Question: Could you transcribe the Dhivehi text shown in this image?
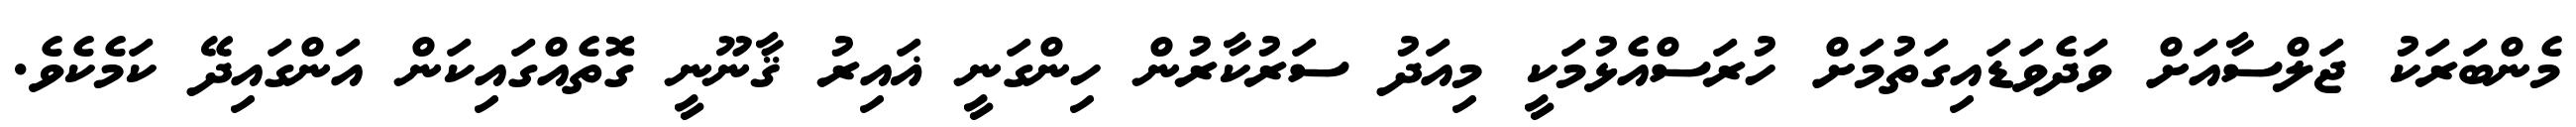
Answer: މެންބަރަކު ޖަލްސާއަށް ވަދެވަޑައިގަތުމަށް ހުރަސްއެޅުމަކީ މިއަދު ސަރުކާރުން ހިންގަނީ ޣައިރު ޤާނޫނީ ގޮތެއްގައިކަން އަންގައިދޭ ކަމެކެވެ.